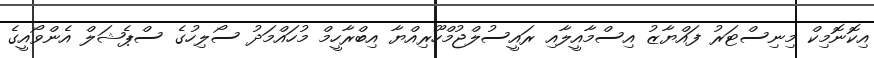
އިކޮނޮމިކް މިނިސްޓަރު ފައްޔާޒު އިސްމާއީލާއި ރައީސުލްޖުމްހޫރިއްޔާ އިބްރާހީމް މުހައްމަދު ސޯލިހުގެ ސްޕެޝަލް އެންވޯއީގެ